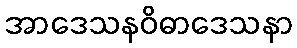
အာဒေသနဝိဓာဒေသနာ